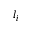
l _ { i }